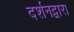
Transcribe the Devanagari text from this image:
दर्शनद्वारा